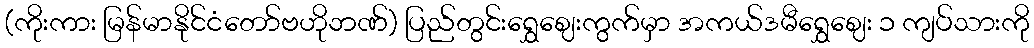
(ကိုးကား မြန်မာနိုင်ငံတော်ဗဟိုဘဏ်) ပြည်တွင်းရွှေဈေးကွက်မှာ အကယ်ဒမီရွှေဈေး ၁ ကျပ်သားကို